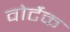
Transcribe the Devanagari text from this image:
वोर्टेक